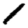
Digit: 1